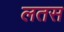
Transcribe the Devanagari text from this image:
लतस